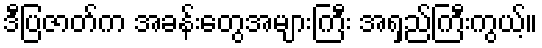
ဒီပြဇာတ်က အခန်းတွေအများကြီး အရှည်ကြီးကွယ့်။